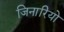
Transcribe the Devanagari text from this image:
जिनारियो